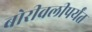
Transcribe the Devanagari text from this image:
बोरीवलीपर्यंत